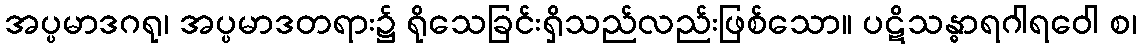
အပ္ပမာဒဂရု၊ အပ္ပမာဒတရား၌ ရိုသေခြင်းရှိသည်လည်းဖြစ်သော။ ပဋိသန္ဓာရဂါရဝေါ စ၊